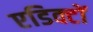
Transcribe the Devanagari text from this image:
एडिक्टों